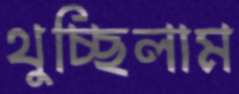
থুচ্ছিলাম